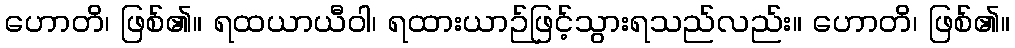
ဟောတိ၊ ဖြစ်၏။ ရထယာယီဝါ၊ ရထားယာဉ်ဖြင့်သွားရသည်လည်း။ ဟောတိ၊ ဖြစ်၏။